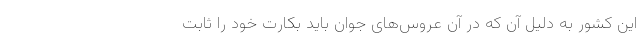
این کشور به دلیل آن که در آن عروس‌های جوان باید بکارت خود را ثابت